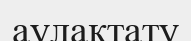
аулақтату